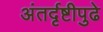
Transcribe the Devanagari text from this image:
अंतर्दृष्टीपुढे